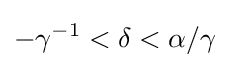
-\gamma ^{-1}<\delta <\alpha /\gamma